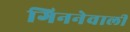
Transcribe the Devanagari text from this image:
गिननेवाली